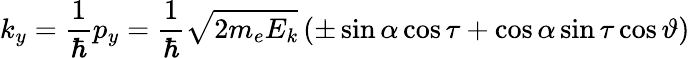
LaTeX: k_{y}={\frac{1}{\hbar}}p_{y}={\frac{1}{\hbar}}{\sqrt{2m_{e}E_{k}}}\, (\pm\sin\alpha\cos\tau+\cos\alpha\sin\tau\cos\vartheta)